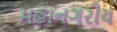
મહાનગરીય